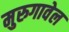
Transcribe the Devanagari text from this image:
मुरुगावेल